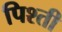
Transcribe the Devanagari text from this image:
पिश्ती